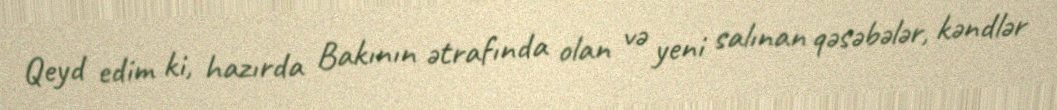
Qeyd edim ki, hazırda Bakının ətrafında olan və yeni salınan qəsəbələr, kəndlər